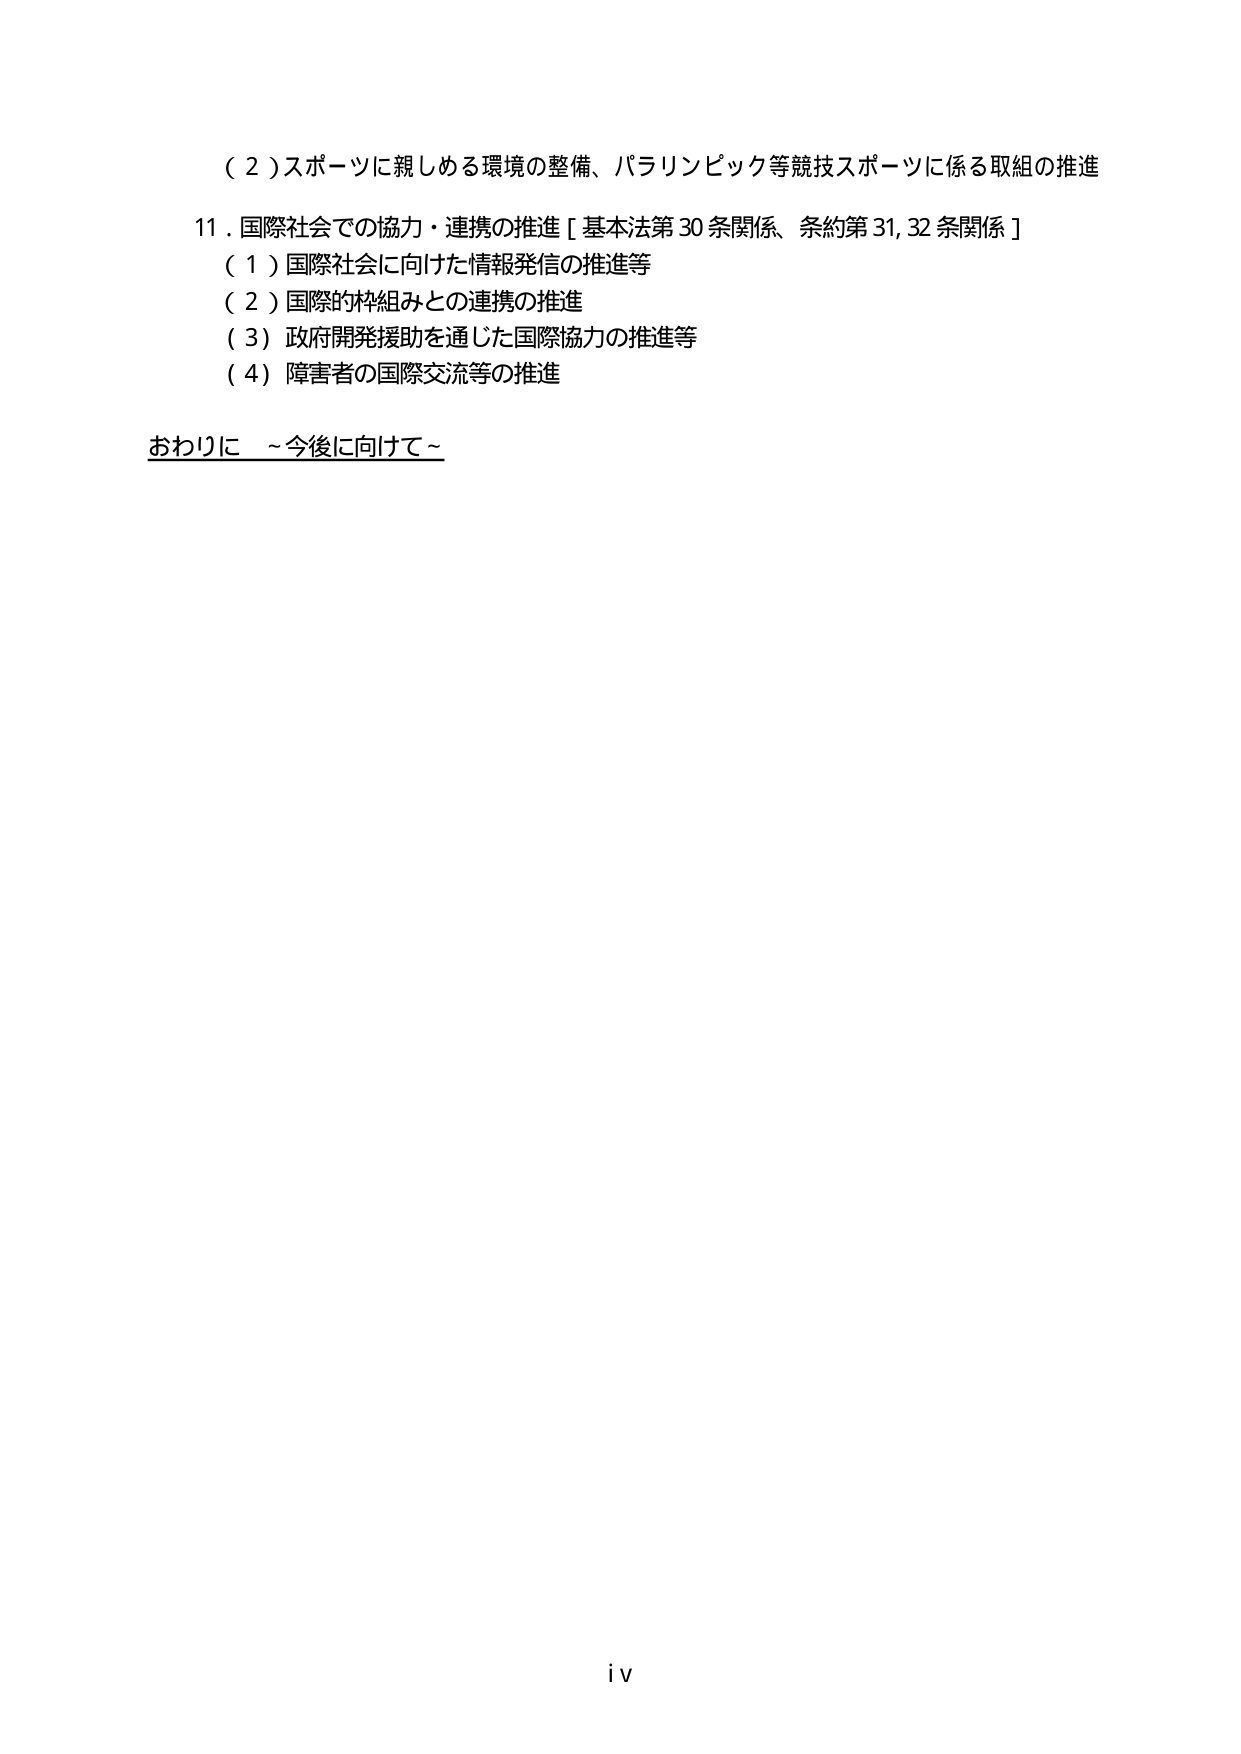
（２）スポーツに親しめる環境の整備、パラリンピック等競技スポーツに係る取組の推進

11．国際社会での協力・連携の推進［基本法第30条関係、条約第31,32条関係］
（１）国際社会に向けた情報発信の推進等
（２）国際的枠組みとの連携の推進
（３）政府開発援助を通じた国際協力の推進等
（４）障害者の国際交流等の推進

おわりに　～今後に向けて～

iv